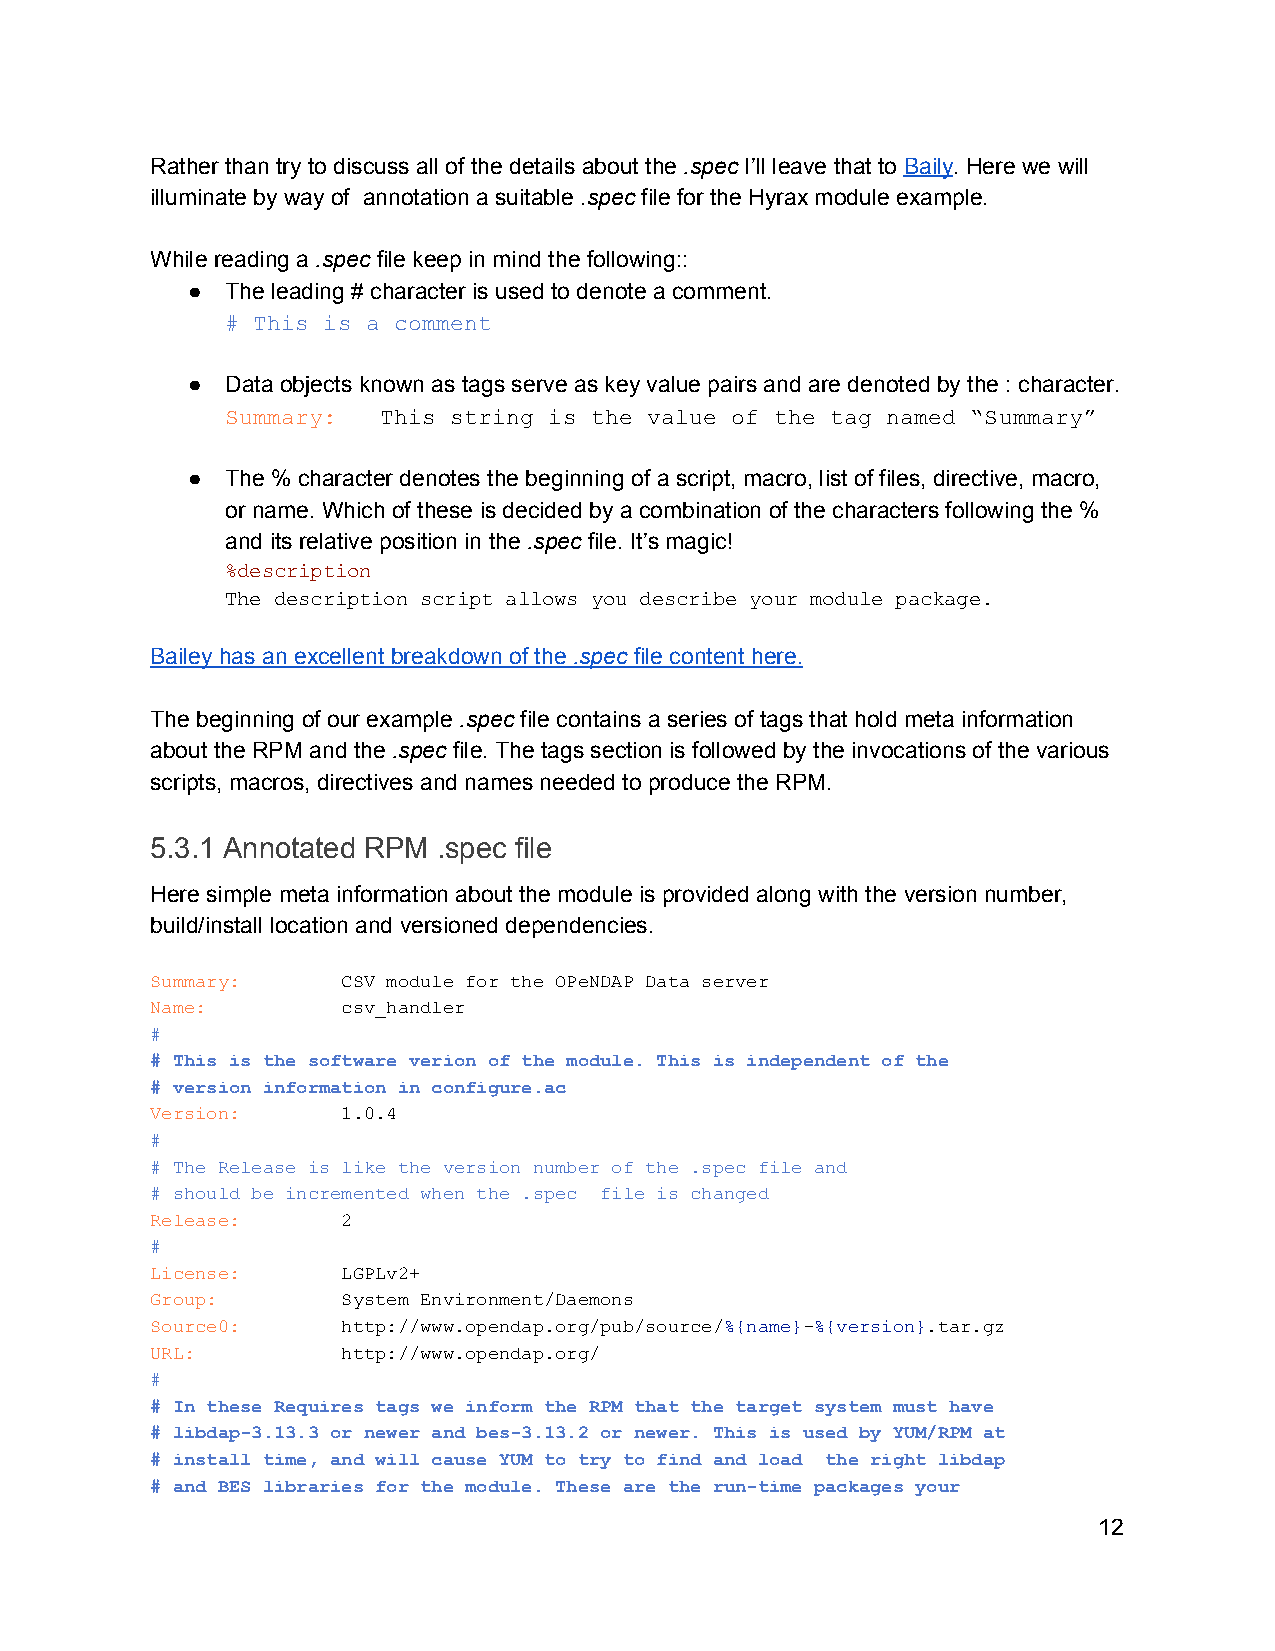
Rather than try to discuss all of the details about the .spec I’ll leave that to Baily. Here we will
 ​   ​          ​  ​
 illuminate by way of annotation a suitable .spec file for the Hyrax module example.
 ​  ​
 While reading a .spec file keep in mind the following::
 ​  ​
 ●  The leading # character is used to denote a comment.
 # This is a comment
 ●  Data objects known as tags serve as key value pairs and are denoted by the : character.
 Summary:  This string is the value of the tag named “Summary”
 ​
 ●  The % character denotes the beginning of a script, macro, list of files, directive, macro,
 or name. Which of these is decided by a combination of the characters following the %
 and its relative position in the .spec file. It’s magic!
 ​  ​
 %description
 The description script allows you describe your module package.
 Bailey has an excellent breakdown of the .spec file content here.
 ​  ​
 The beginning of our example .spec file contains a series of tags that hold meta information
 ​   ​
 about the RPM and the .spec file. The tags section is followed by the invocations of the various
 ​  ​
 scripts, macros, directives and names needed to produce the RPM.
 5.3.1 Annotated RPM .spec file
 Here simple meta information about the module is provided along with the version number,
 build/install location and versioned dependencies.
 Summary:     CSV module for the OPeNDAP Data server
 ​
 Name:        csv_handler
 ​
 #
 # This is the software verion of the module. This is independent of the
 # version information in configure.ac
 Version:     1.0.4
 ​
 #
 # The Release is like the version number of the .spec file and
 # should be incremented when the .spec file is changed
 Release:     2
 ​
 #
 License:     LGPLv2+
 ​
 Group:       System Environment/Daemons
 ​
 Source0:     http://www.opendap.org/pub/source/%{name}­%{version}.tar.gz
 ​                               ​    ​ ​     ​
 URL:         http://www.opendap.org/
 ​
 #
 # In these Requires tags we inform the RPM that the target system must have
 # libdap­3.13.3 or newer and bes­3.13.2 or newer. This is used by YUM/RPM at
 # install time, and will cause YUM to try to find and load the right libdap
 # and BES libraries for the module. These are the run­time packages your
 12